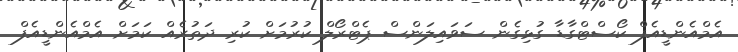
އެމްއެންޑީއެފް ކޯސްޓްގާޑާ ގުޅިގެން ސަވައިލަންސް ޕެޓްރޯލް ކުރުމަށް ކުރި ދަތުރެއް ކަމަށް އެމްއެންޑީއެފް